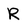
Character: R